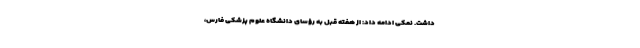
داشت. نمکی ادامه داد: از هفته قبل به رؤسای دانشگاه علوم پزشکی فارس،